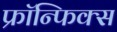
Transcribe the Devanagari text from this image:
फ्रॉन्फिक्स